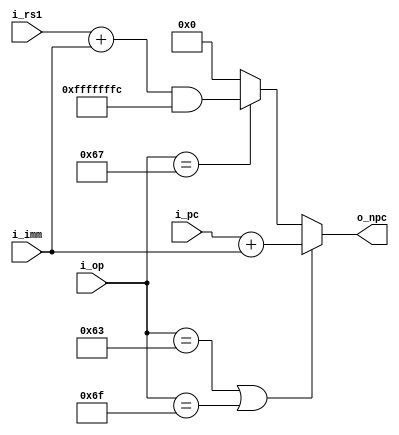
`timescale 1ns / 1ps
module branch(
	input	[6:0]	i_op,

	input	[31:0]	i_pc,
	input	[31:0]	i_imm,
	input	[31:0]	i_rs1,

	output	[31:0]	o_npc
);

	reg	[31:0]	r_npc;

	always @(*) begin
		if (i_op == 7'b1100011 || i_op == 7'b1101111) begin
			r_npc	<=	i_pc + i_imm;
		end else if (i_op == 7'b1100111) begin
			r_npc	<=	(i_rs1 + i_imm) & (~32'h3);
		end else begin
			r_npc	<=	0;
		end
	end

	assign	o_npc = r_npc;
endmodule